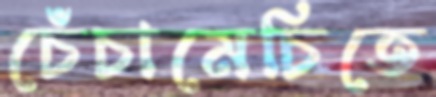
চেঁচামেচিতে